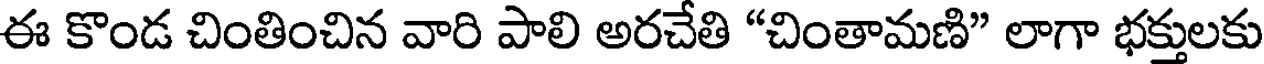
ఈ కొండ చింతించిన వారి పాలి అరచేతి "చింతామణి" లాగా భక్తులకు